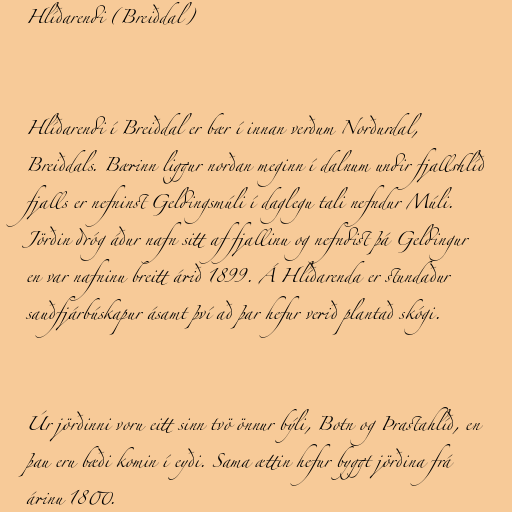
Hlíðarendi (Breiðdal)

Hlíðarendi í Breiðdal er bær í innan verðum Norðurdal,
Breiðdals. Bærinn liggur norðan meginn í dalnum undir fjallshlíð
fjalls er nefninst Geldingsmúli í daglegu tali nefndur Múli.
Jörðin dróg áður nafn sitt af fjallinu og nefndist þá Geldingur
en var nafninu breitt árið 1899. Á Hlíðarenda er stundaður
sauðfjárbúskapur ásamt því að þar hefur verið plantað skógi.

Úr jörðinni voru eitt sinn tvö önnur býli, Botn og Þrastahlíð, en
þau eru bæði komin í eyði. Sama ættin hefur byggt jörðina frá
árinu 1800.